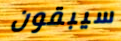
سيبقون